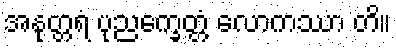
အနုတ္တရံ ပုညက္ခေတ္တံ လောကဿာ တိ။